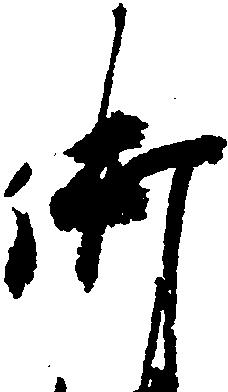
御